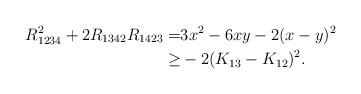
LaTeX: \begin{align*}R_{1234}^2 + 2 R_{1342} R_{1423}=& 3x^2 -6xy- 2(x-y)^2 \\\ge& -2(K_{13}-K_{12})^2 .\\\end{align*}